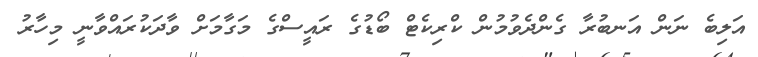
އަލިބެ ނަން އަނބުރާ ގެންދެވުމުން ކްރިކެޓް ބޯޑުގެ ރައީސްގެ މަގާމަށް ވާދަކުރައްވާނީ މިހާރު